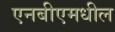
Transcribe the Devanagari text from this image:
एनबीएमधील